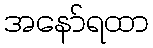
အနော်ရထာ